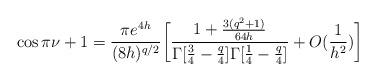
LaTeX: \begin{align*}\cos\pi\nu +1 = \frac{\pi e^{4h}}{(8h)^{q/2} }\bigg[\frac{1+\frac{3(q^2+1)}{64h}}{\Gamma[\frac{3}{4}-\frac{q}{4}]\Gamma[\frac{1}{4}-\frac{q}{4}]}+O(\frac{1}{h^2})\bigg]\end{align*}